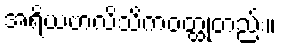
အရိယဗာလိသိကဝတ္ထုတည်း။